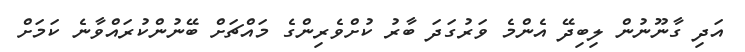
އަދި ގާނޫނުން ލިބިދޭ އެންމެ ވަރުގަދަ ބާރު ކުށްވެރިންގެ މައްޗަށް ބޭނުންކުރައްވާނެ ކަމަށް